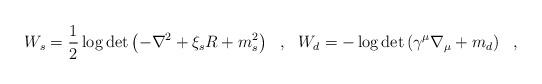
LaTeX: \begin{align*}W_s=\frac 12\log\det\left(-\nabla^2+\xi_s R+m_s^2\right)~~,~~W_d=-\log\det\left(\gamma^\mu\nabla_\mu+m_d\right)~~,\end{align*}